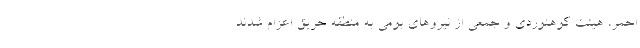
احمر، هیئت کوهنوردی و جمعی از نیروهای بومی به منطقه حریق اعزام شدند